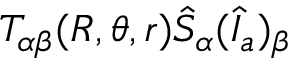
T _ { \alpha \beta } ( R , \theta , r ) \hat { S } _ { \alpha } ( \hat { I } _ { a } ) _ { \beta }